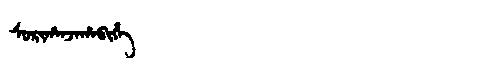
Manchu: ᠰᠣᡵᡳᡥᠠᠨᠵᠠᡥᠠᠪᡳᡥᡝ
Romanization: SORIHANJAHABIHE